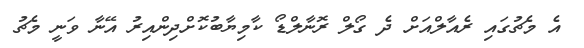
އެ މެޗުގައި ރެއާލްއަށް ދެ ގޯލް ރޮނާލްޑޯ ކާމިޔާބުކޮށްދިންއިރު އޭނާ ވަނީ މެޗު